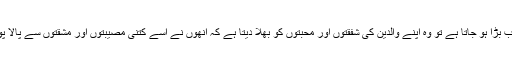
انسان جب بڑا ہو جاتا ہے تو وہ اپنے والدین کی شفقتوں اور محبتوں کو بھلا دیتا ہے کہ انھوں نے اسے کتنی مصیبتوں اور مشقتوں سے پالا پوسا ہے۔